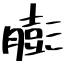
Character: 膨